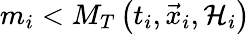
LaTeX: m_{i}<M_{T}\left(t_{i},\vec{x}_{i},{\cal H}_{i}\right)